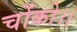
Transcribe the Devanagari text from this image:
चोंको।।